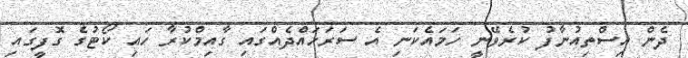
ދެން އިސްތިއުނާފު ކުރެވޭނީ ހަމައެކަނި އެ ސަރަހައްދެއްގައި ގާއިމްކުރާ ހައި ކޯޓުގެ ގޮފީގައި